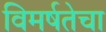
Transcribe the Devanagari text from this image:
विमर्षतेचा